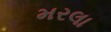
મરલા